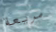
مريعة